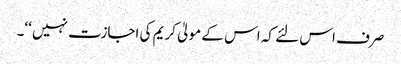
صرف اس لئے کہ اس کے مولیٰ کریم کی اجازت نہیں ‘‘۔